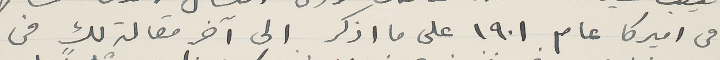
في اميركا عام ١٩٠١ على ما اذكرا لى آخر مقالة لك من